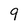
Character: 9